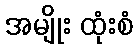
အမျိုး ထုံးစံ